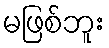
မဖြစ်ဘူး